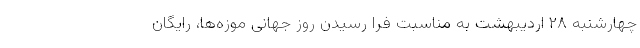
چهارشنبه ۲۸ اردیبهشت به مناسبت فرا رسیدن روز جهانی موزه‌ها، رایگان